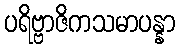
ပရိဗ္ဗာဇိကသမာပန္နာ